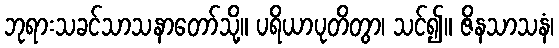
ဘုရားသခင်သာသနာတော်သို့။ ပရိယာပုတိတွာ၊ သင်၍။ ဇိနသာသနံ၊